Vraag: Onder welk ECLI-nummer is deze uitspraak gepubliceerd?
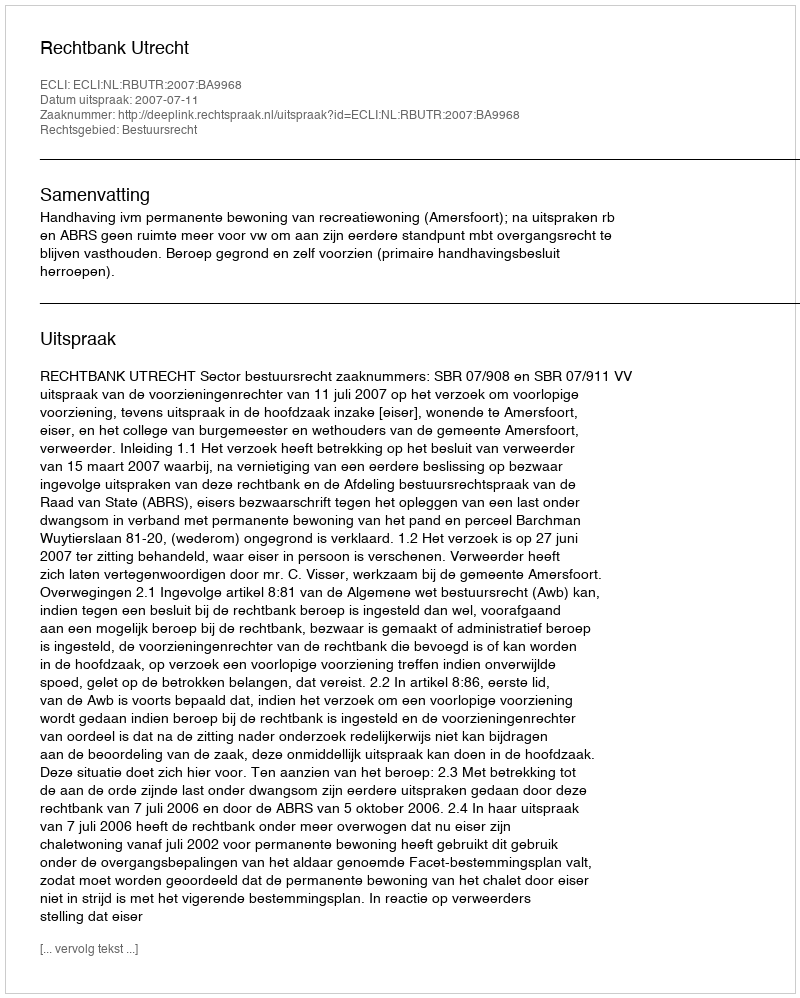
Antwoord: ECLI:NL:RBUTR:2007:BA9968